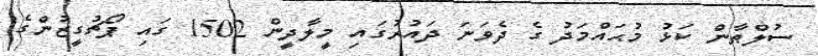
ސުލްޠާން ކަޅު މުޙައްމަދު ގެ ދެވަނަ ދައުރުގައި މީލާދީން 1502 ގައި ޕޯޗުގީޒުންގެ